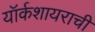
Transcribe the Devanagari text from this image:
यॉर्कशायराची